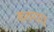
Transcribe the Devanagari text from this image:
कतराएं